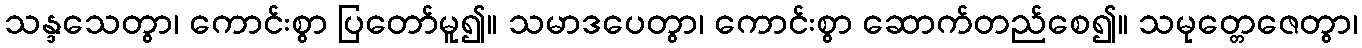
သန္ဒသေတွာ၊ ကောင်းစွာ ပြတော်မူ၍။ သမာဒပေတွာ၊ ကောင်းစွာ ဆောက်တည်စေ၍။ သမုတ္တေဇေတွာ၊